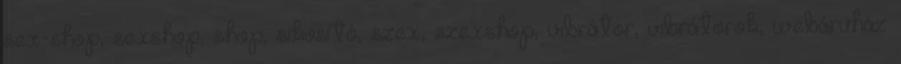
sex-shop, sexshop, shop, sikosító, szex, szexshop, vibrátor, vibrátorok, webáruház